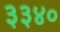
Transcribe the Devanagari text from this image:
३३४०